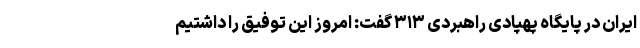
ایران در پایگاه پهپادی راهبردی ۳۱۳ گفت: امروز این توفیق را داشتیم